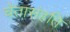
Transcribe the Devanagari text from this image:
चेतासंहति